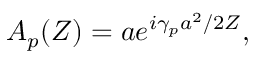
\begin{array} { r } { A _ { p } ( Z ) = a e ^ { i \gamma _ { p } a ^ { 2 } / 2 Z } , } \end{array}